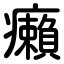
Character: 癩